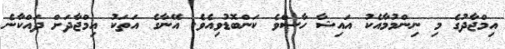
އިމްޖާދުގެ މި ނިންމުމާއެކު އައިޝާ ހާސްވެ ކަންބޮޑުވިއެވެ. އޭނާގެ އަތަކު އިމްޖާދަށް ދައްކާނެ